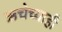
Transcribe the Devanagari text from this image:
ऋचेच्याही